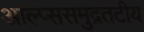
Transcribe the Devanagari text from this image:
आल्प्ससमुद्रतटीय